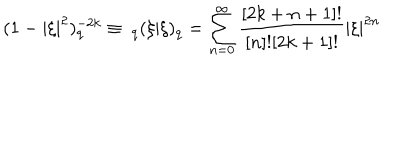
( 1 - | \xi | ^ { 2 } ) _ { q } ^ { - 2 k } \equiv \ _ { q } ( \xi | \xi ) _ { q } = \sum _ { n = 0 } ^ { \infty } \frac { [ 2 k + n + 1 ] ! } { [ n ] ! [ 2 k + 1 ] ! } | \xi | ^ { 2 n }